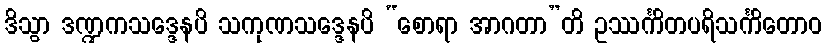
ဒိသွာ ဒဏ္ဍကသဒ္ဒေနပိ သကုဏသဒ္ဒေနပိ “စောရာ အာဂတာ”တိ ဥဿင်္ကိတပရိသင်္ကိတောဝ